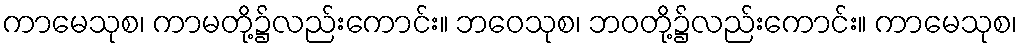
ကာမေသုစ၊ ကာမတို့၌လည်းကောင်း။ ဘဝေသုစ၊ ဘဝတို့၌လည်းကောင်း။ ကာမေသုစ၊